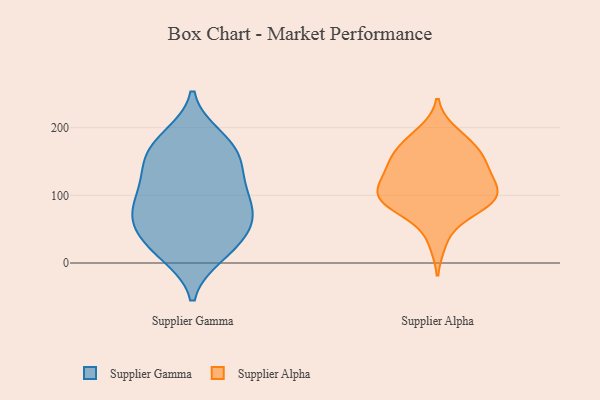
{"axis": {"x": "Page Views", "y": "Value"}, "legend": ["Supplier Alpha", "Supplier Gamma"], "data": [{"x": "", "y": 68, "type": "Supplier Gamma"}, {"x": "", "y": 63, "type": "Supplier Gamma"}, {"x": "", "y": 74, "type": "Supplier Gamma"}, {"x": "", "y": 181, "type": "Supplier Gamma"}, {"x": "", "y": 63, "type": "Supplier Gamma"}, {"x": "", "y": 187, "type": "Supplier Gamma"}, {"x": "", "y": 44, "type": "Supplier Gamma"}, {"x": "", "y": 172, "type": "Supplier Gamma"}, {"x": "", "y": 92, "type": "Supplier Gamma"}, {"x": "", "y": 23, "type": "Supplier Gamma"}, {"x": "", "y": 117, "type": "Supplier Gamma"}, {"x": "", "y": 139, "type": "Supplier Gamma"}, {"x": "", "y": 165, "type": "Supplier Gamma"}, {"x": "", "y": 102, "type": "Supplier Gamma"}, {"x": "", "y": 91, "type": "Supplier Gamma"}, {"x": "", "y": 13, "type": "Supplier Gamma"}, {"x": "", "y": 136, "type": "Supplier Gamma"}, {"x": "", "y": 149, "type": "Supplier Gamma"}, {"x": "", "y": 11, "type": "Supplier Gamma"}, {"x": "", "y": 39, "type": "Supplier Gamma"}, {"x": "", "y": 91, "type": "Supplier Alpha"}, {"x": "", "y": 131, "type": "Supplier Alpha"}, {"x": "", "y": 97, "type": "Supplier Alpha"}, {"x": "", "y": 74, "type": "Supplier Alpha"}, {"x": "", "y": 106, "type": "Supplier Alpha"}, {"x": "", "y": 31, "type": "Supplier Alpha"}, {"x": "", "y": 78, "type": "Supplier Alpha"}, {"x": "", "y": 121, "type": "Supplier Alpha"}, {"x": "", "y": 103, "type": "Supplier Alpha"}, {"x": "", "y": 88, "type": "Supplier Alpha"}, {"x": "", "y": 99, "type": "Supplier Alpha"}, {"x": "", "y": 121, "type": "Supplier Alpha"}, {"x": "", "y": 161, "type": "Supplier Alpha"}, {"x": "", "y": 172, "type": "Supplier Alpha"}, {"x": "", "y": 183, "type": "Supplier Alpha"}, {"x": "", "y": 148, "type": "Supplier Alpha"}, {"x": "", "y": 193, "type": "Supplier Alpha"}, {"x": "", "y": 156, "type": "Supplier Alpha"}, {"x": "", "y": 147, "type": "Supplier Alpha"}]}